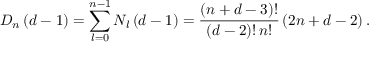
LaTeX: D _ { n } \left( d - 1 \right) = \sum _ { l = 0 } ^ { n - 1 } N _ { l } \left( d - 1 \right) = \frac { \left( n + d - 3 \right) ! } { \left( d - 2 \right) ! \, n ! } \left( 2 n + d - 2 \right) .